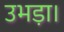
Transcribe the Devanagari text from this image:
उभड़ा।